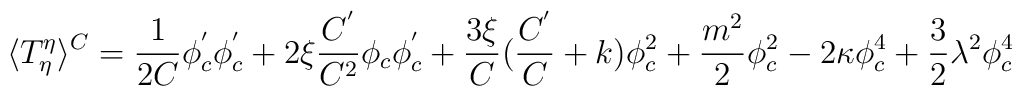
\langle T_\eta ^\eta \rangle ^C=\frac 1{2C}\phi _c^{^{\prime}}\phi _c^{^{\prime }}+2\xi \frac{C^{^{\prime }}}{C^2}\phi _c\phi_c^{^{\prime }}+\frac{3\xi }C(\frac{C^{^{\prime }}}C+k)\phi _c^2+\frac{m^2}2\phi _c^2-2\kappa \phi _c^4+\frac 32\lambda ^2\phi _c^4